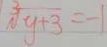
\sqrt [ 3 ] { y + 3 } = - 1